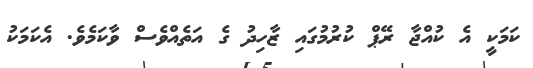
ކަމަކީ އެ ކުއްޖާ ރޭޕް ކުރުމުގައި ޒާހިދު ގެ އަތެއްވެސް ވާކަމެވެ. އެކަމަކު